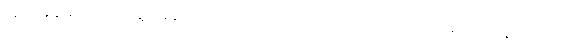
၁၃၃၃ ခုနှစ်မှသည် ယနေ့အချိန်အထိ သဘာဝဘေးကြောင့်သော်လည်းကောင်း၊ လူသားတို့ရဲ့ကျူးကျော်